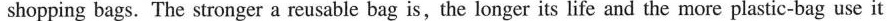
shopping bags. The stronger a reusable bag is, the longer its life and the more plastic-bag use it